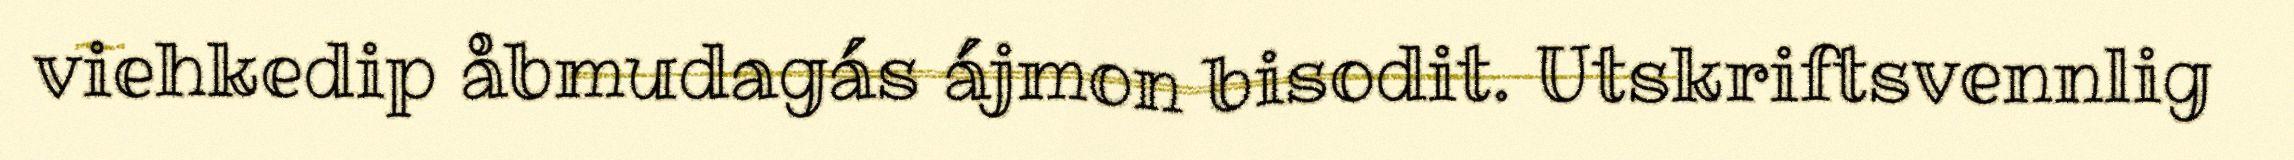
viehkedip åbmudagás ájmon bisodit. Utskriftsvennlig